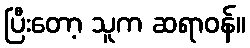
ပြီးတော့ သူက ဆရာဝန်။